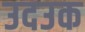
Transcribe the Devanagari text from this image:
उदउक